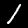
Digit: 1